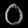
Digit: ၀